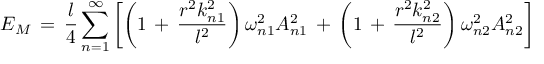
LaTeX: E _ { M } \, = \, \frac { l } { 4 } \sum _ { n = 1 } ^ { \infty } \left[ \left( 1 \, + \, \frac { r ^ { 2 } k _ { n 1 } ^ { 2 } } { l ^ { 2 } } \right) \omega _ { n 1 } ^ { 2 } A _ { n 1 } ^ { 2 } \, + \, \left( 1 \, + \, \frac { r ^ { 2 } k _ { n 2 } ^ { 2 } } { l ^ { 2 } } \right) \omega _ { n 2 } ^ { 2 } A _ { n 2 } ^ { 2 } \right]